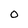
Character: O